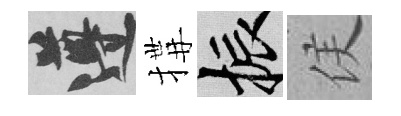
遵搆振侯